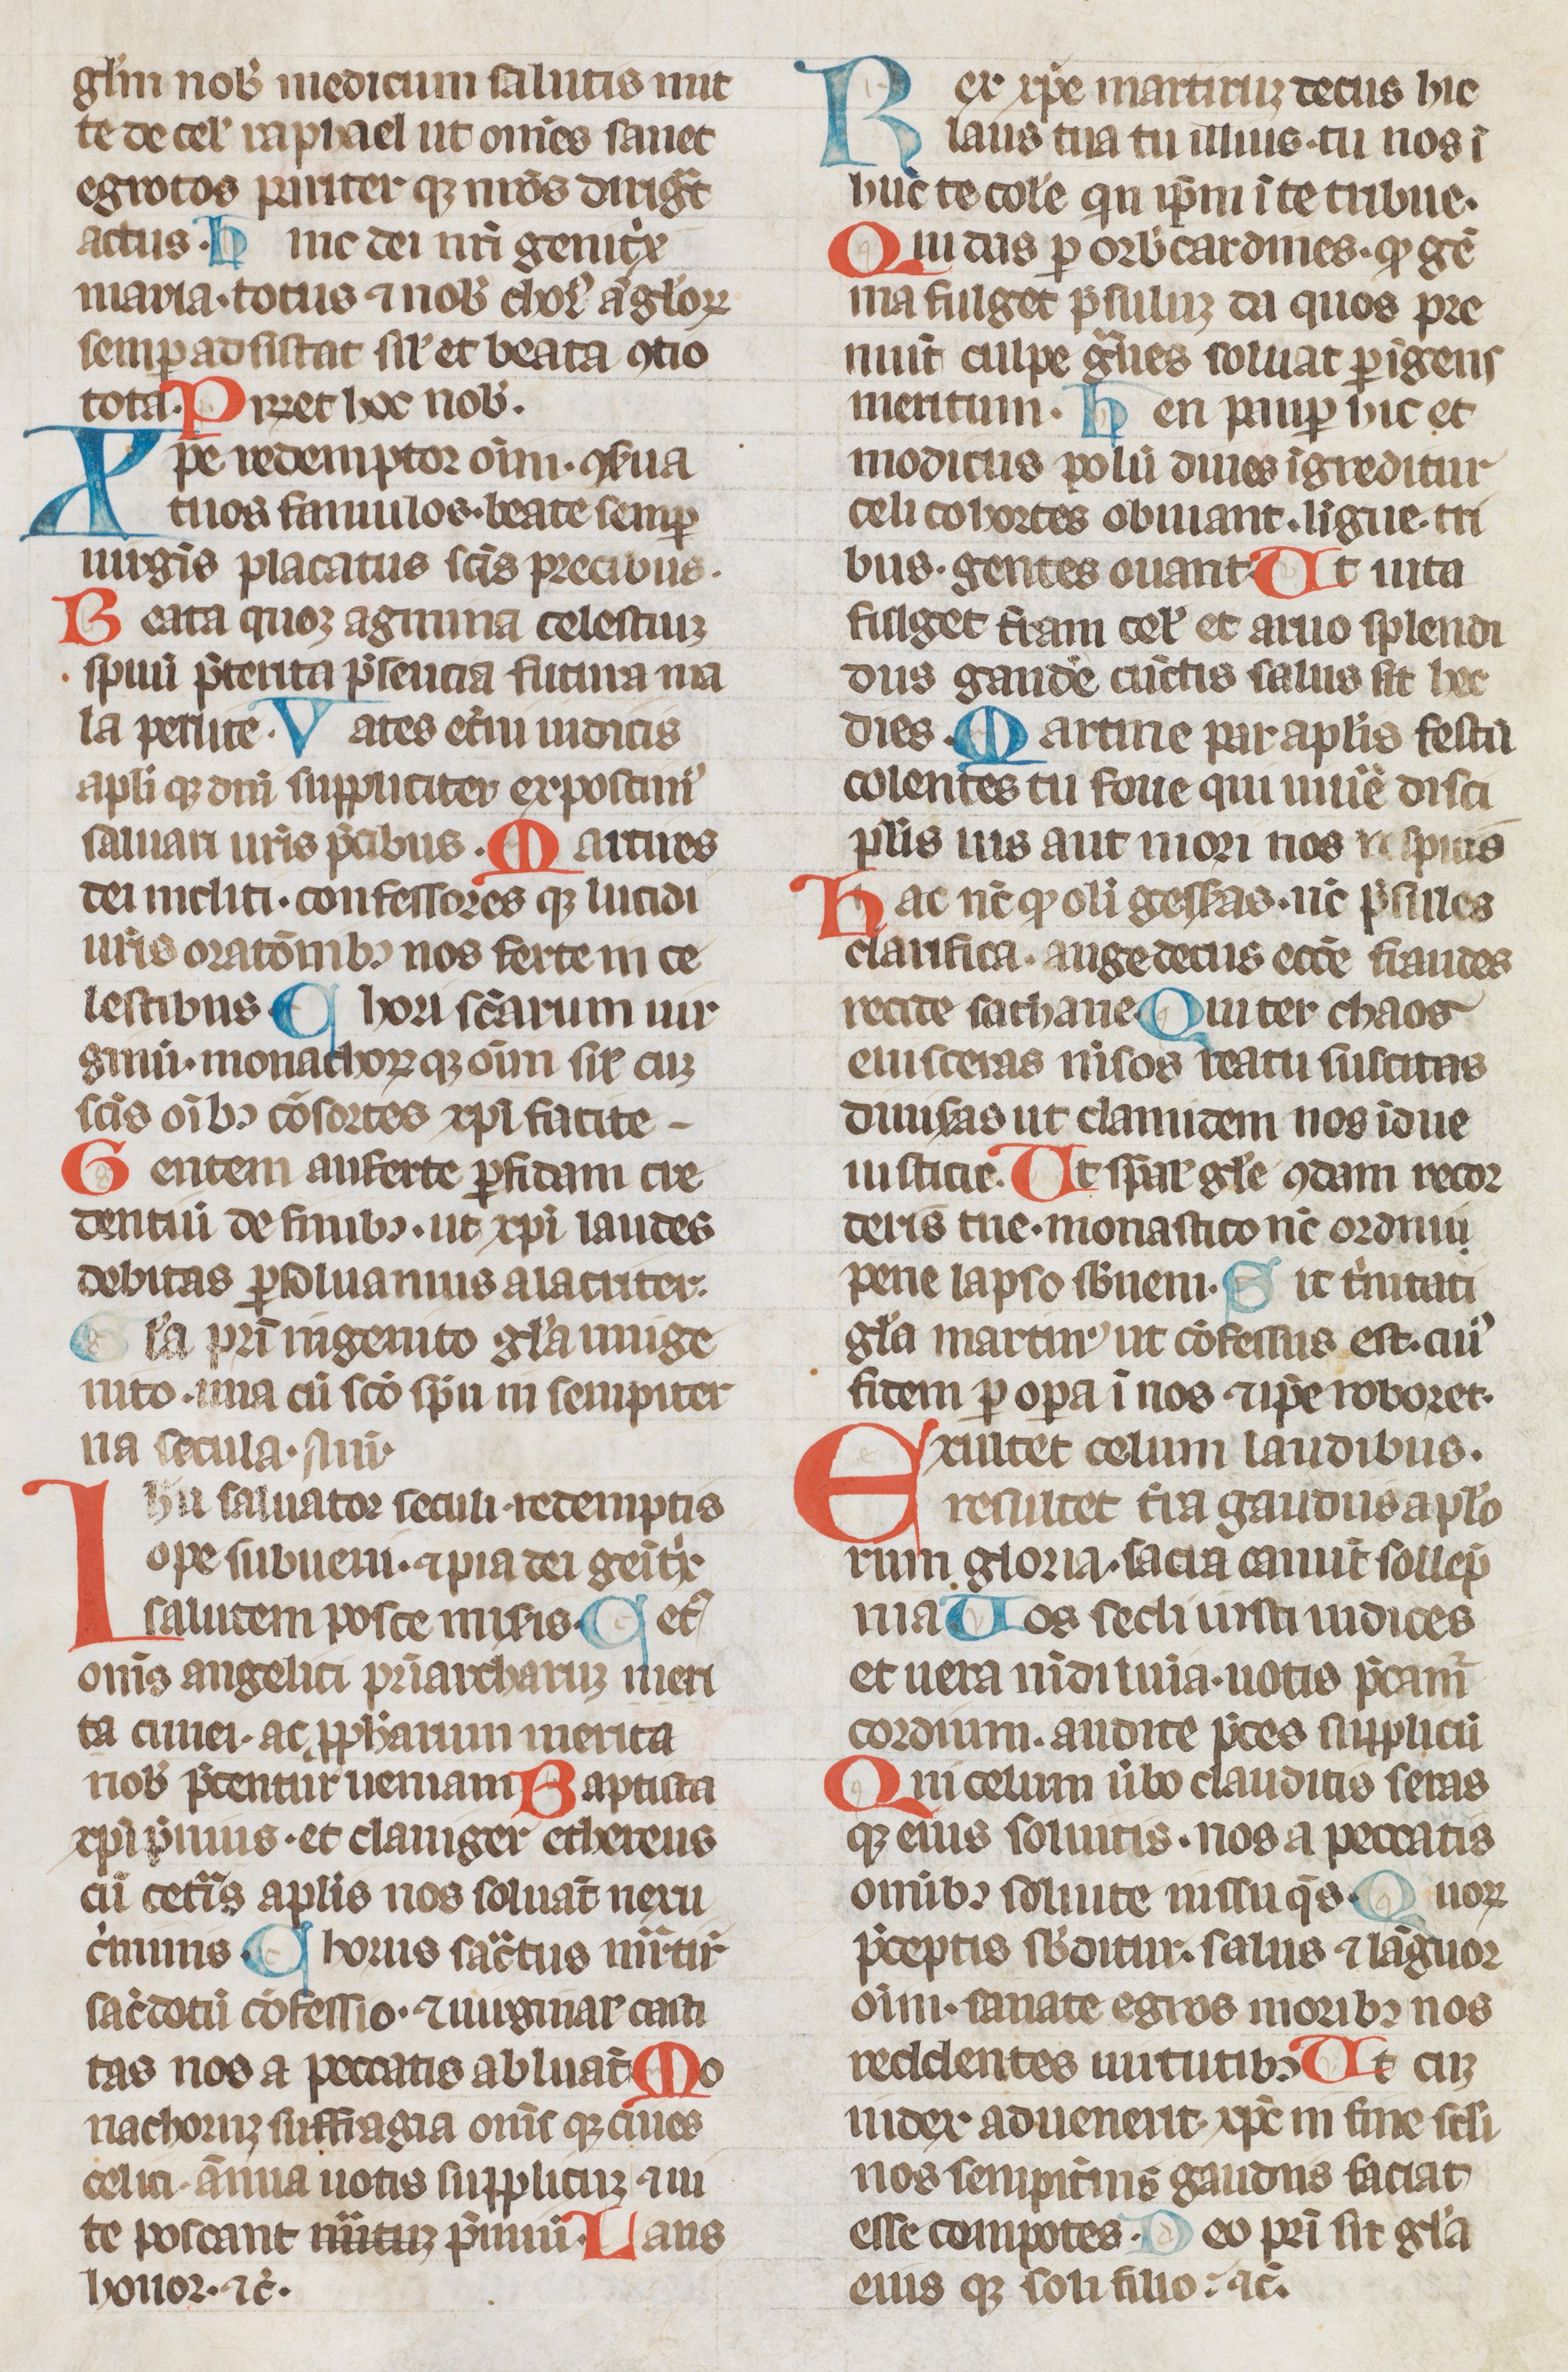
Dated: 1300–1315